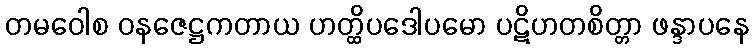
တမဝေါစ ဝနဇေဋ္ဌကတာယ ဟတ္ထိပဒေါပမော ပဋိဟတစိတ္တာ ဖန္ဒာပနေ